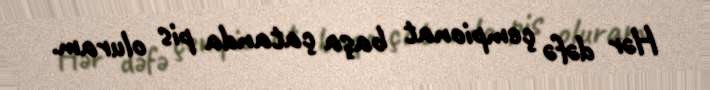
Hər dəfə çempionat başa çatanda pis oluram.